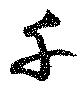
千